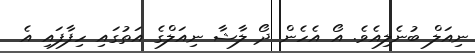
ނިއަލް ބުނެލިއެވެ. އޯ އެހެން ދޯ ލާޝާ ނިއަލްގެ އަތުގައި ހިފާފައި އެ